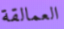
العمالقة